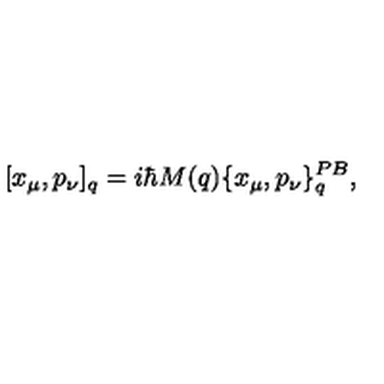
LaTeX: [ x _ { \mu } , p _ { \nu } ] _ { q } = i \hbar M ( q ) \{ x _ { \mu } , p _ { \nu } \} _ { q } ^ { P B } ,